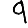
Digit: 9